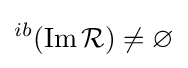
{}^{ib}(\operatorname {Im} {\mathcal {R}})\neq \varnothing